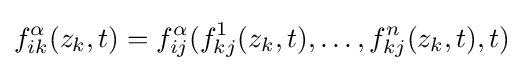
f_{ik}^{\alpha }(z_{k},t)=f_{ij}^{\alpha }(f_{kj}^{1}(z_{k},t),\ldots ,f_{kj}^{n}(z_{k},t),t)